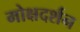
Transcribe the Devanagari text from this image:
मोक्षदर्शन